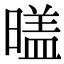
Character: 𣉼